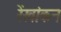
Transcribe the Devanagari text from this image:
रेंखांकन